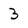
Character: 3